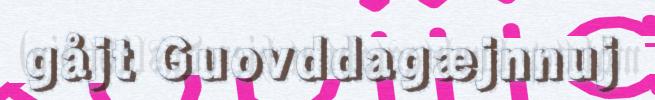
gåjt Guovddagæjnnuj